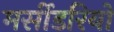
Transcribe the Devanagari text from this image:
मर्सीडरियो